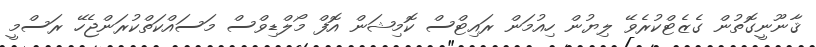
ޤާނޫނީގޮތުން ގެޒެޓްކުރެވޭ ލިޔުން ހިއުމަން ރައިޓްސް ކޮމިޝަން އޮފް މޯލްޑިވްސް މަސައްކަތްކުރަންޖެހޭ ރަސްމީ